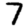
Digit: 7